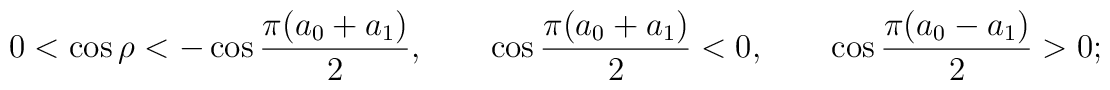
0<\cos\rho <-\cos\frac{\pi (a_0+a_1)}{2}, \qquad \cos\frac{\pi (a_0+a_1)}{2}<0,\qquad \cos\frac{\pi (a_0-a_1)}{2}>0;\nonumber